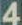
4